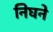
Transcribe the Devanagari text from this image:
निघने